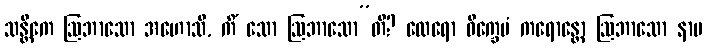
သန္တိကေ ဩဘာသော အဟောသိ, ကိံ သော ဩဘာသော”တိ? ထေရော ဝိက္ခေပံ ကရောန္တော ဩဘာသော နာမ